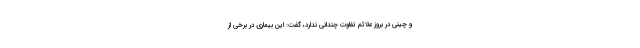
و چینی در بروز علائم تفاوت چندانی ندارد، گفت: این بیماری در برخی از